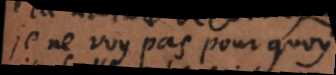
je ne voy pas pourquoy